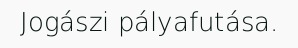
Jogászi pályafutása.